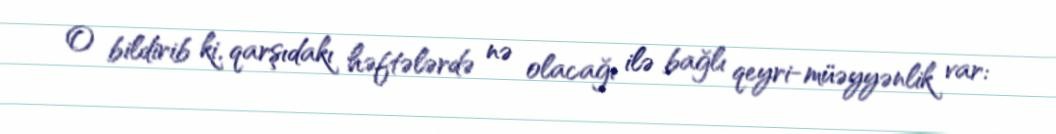
O bildirib ki, qarşıdakı həftələrdə nə olacağı ilə bağlı qeyri-müəyyənlik var: